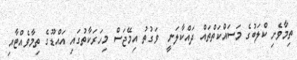
ތިމާވެށި ކްލަބުގެ މަސައްކަތްތައް ދައްކާލަނީ  ވަގުތު އިމޭޖަސް މިހަރަކާތުގައި އައްޑޫގެ ތިމާވެއްޓާއި